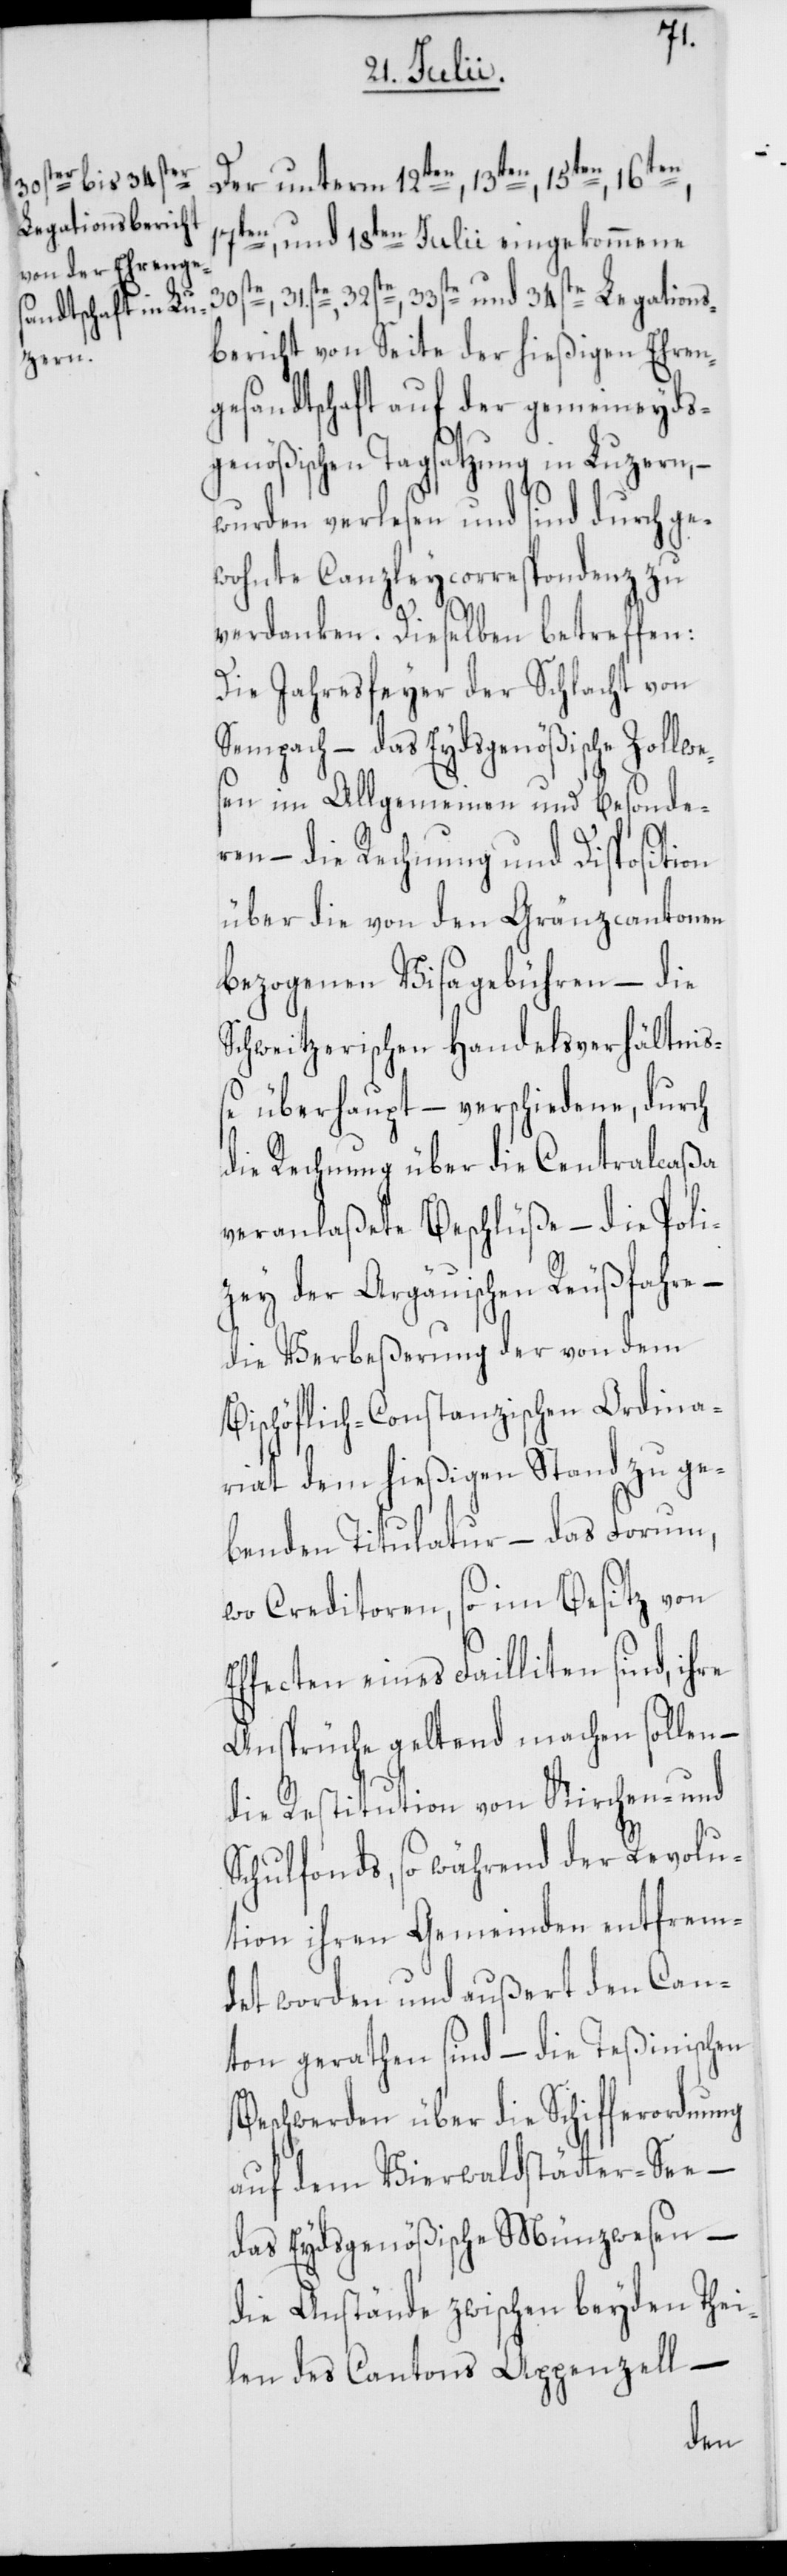
Der unterm 12ten, 13ten, 15ten, 16ten,
17ten und 18ten Julii eingekommene
30ste, 31ste, 32ste, 33ste und 34ste Legations¬
bericht von Seite der hießigen Ehren¬
gesandtschaft auf der gemeineyds¬
genößischen Tagsatzung in Luzern, –
wurden verlesen und sind durch ge¬
wohnte Canzleycorrespondenz zu
verdanken. Dieselben betreffen:
Die Jahresfeyer der Schlacht von
Sempach – das Eydsgenößische Zollwe¬
sen im Allgemeinen und Besonde¬
ren – die Rechnung und Disposition
über die von den Gränzcantonen
bezogenen Visagebühren – die
Schweitzerischen Handelsverhältniß¬
e überhaupt – verschiedene, durch
die Rechnung über die Centralcaßa
veranlaßete Beschlüße – die Poli¬
zey der Argäuischen Reußfahre –
die Verbeßerung der von dem
Bischöflich-Constanzischen Ordina¬
riat dem hießigen Stand zu ge¬
benden Titulatur – das Forum,
wo Creditoren, so im Besitz von
Effecten eines Failliten sind, ihre
Ansprüche geltend machen sollen –
die Restitution von Kirchen- und
Schulfonds, so während der Revolu¬
tion ihren Gemeinden entfrem¬
det worden und außert den Can¬
ton gerathen sind – die Teßinischen
Beschwerden über die Schifferordnung
auf dem Vierwaldstätter-See –
das Eydsgenößische Münzwesen –
die Anstände zwischen beyden Thei¬
len des Cantons Appenzell –